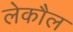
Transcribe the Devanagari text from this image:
लेकौल